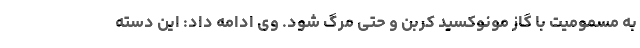
به مسمومیت با گاز مونوکسید کربن و حتی مرگ شود. وی ادامه داد: این دسته